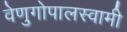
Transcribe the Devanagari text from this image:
वेणुगोपालस्‍वामी